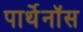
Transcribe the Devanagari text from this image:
पार्थेनॉस